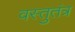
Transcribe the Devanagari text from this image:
वस्तुतंत्र